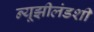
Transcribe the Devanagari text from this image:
न्यूझीलंडशी